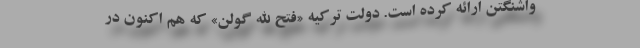
واشنگتن ارائه کرده است. دولت ترکیه «فتح الله گولن» که هم اکنون در